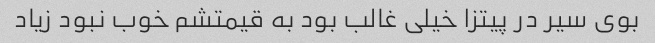
بوی سیر در پیتزا خیلی غالب بود به قیمتشم خوب نبود زیاد